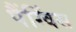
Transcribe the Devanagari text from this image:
पैंग्विंस